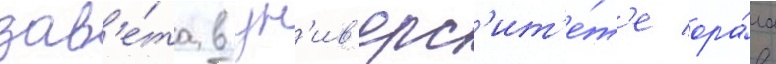
зав'е́та в ун'ив'ерс'ит'е́т'е ора́ла